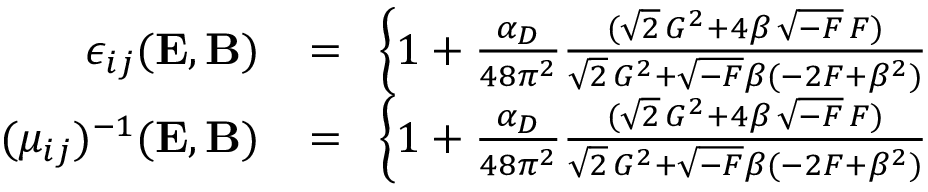
\begin{array} { r l r } { \epsilon _ { i j } ( { \bf E } , { \bf B } ) \! } & { { } = } & { \! \left\{ 1 + \frac { \alpha _ { D } } { 4 8 \pi ^ { 2 } } \frac { ( \sqrt { 2 } \, { \cal G } ^ { 2 } + 4 \beta \, \sqrt { - { \cal F } } \, { \cal F } ) } { \sqrt { 2 } \, { \cal G } ^ { 2 } + \sqrt { - { \cal F } } \beta ( - 2 { \cal F } + \beta ^ { 2 } ) } \right. } \\ { ( \mu _ { i j } ) ^ { - 1 } ( { \bf E } , { \bf B } ) \! } & { { } = } & { \! \left\{ 1 + \frac { \alpha _ { D } } { 4 8 \pi ^ { 2 } } \frac { ( \sqrt { 2 } \, { \cal G } ^ { 2 } + 4 \beta \, \sqrt { - { \cal F } } \, { \cal F } ) } { \sqrt { 2 } \, { \cal G } ^ { 2 } + \sqrt { - { \cal F } } \beta ( - 2 { \cal F } + \beta ^ { 2 } ) } \right. } \end{array}